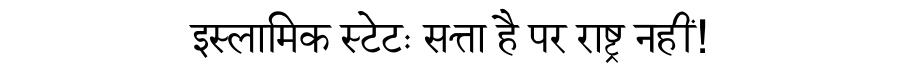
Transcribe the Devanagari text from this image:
इस्लामिक स्टेटः सत्ता है पर राष्ट्र नहीं!